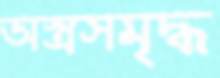
অস্ত্রসমৃদ্ধ